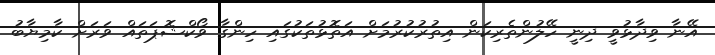
އޭނާ ވިދާޅުވީ ދިނީ ހޭލުންތެރިކަން އިތުރުކުރުމަށް އަތޮޅުތަކުގައި ހިންގާ ވޯކްޝޮޕަތައް ވަރަށް ކާމިޔާބު